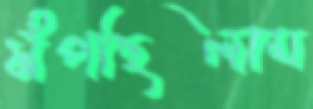
সঁপছিলাম